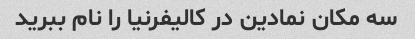
سه مکان نمادین در کالیفرنیا را نام ببرید